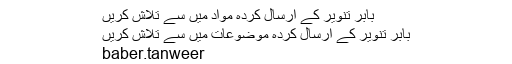
بابر تنویر کے ارسال کردہ مواد میں سے تلاش کریں
بابر تنویر کے ارسال کردہ موضوعات میں سے تلاش کریں
baber.tanweer